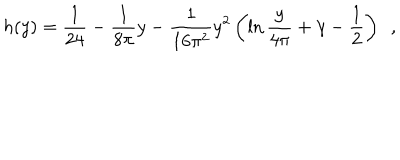
h ( y ) = \frac { 1 } { 2 4 } - \frac { 1 } { 8 \pi } y - \frac { 1 } { 1 6 \pi ^ { 2 } } y ^ { 2 } \left( \ln \frac { y } { 4 \pi } + \gamma - \frac { 1 } { 2 } \right) ~ ~ ,